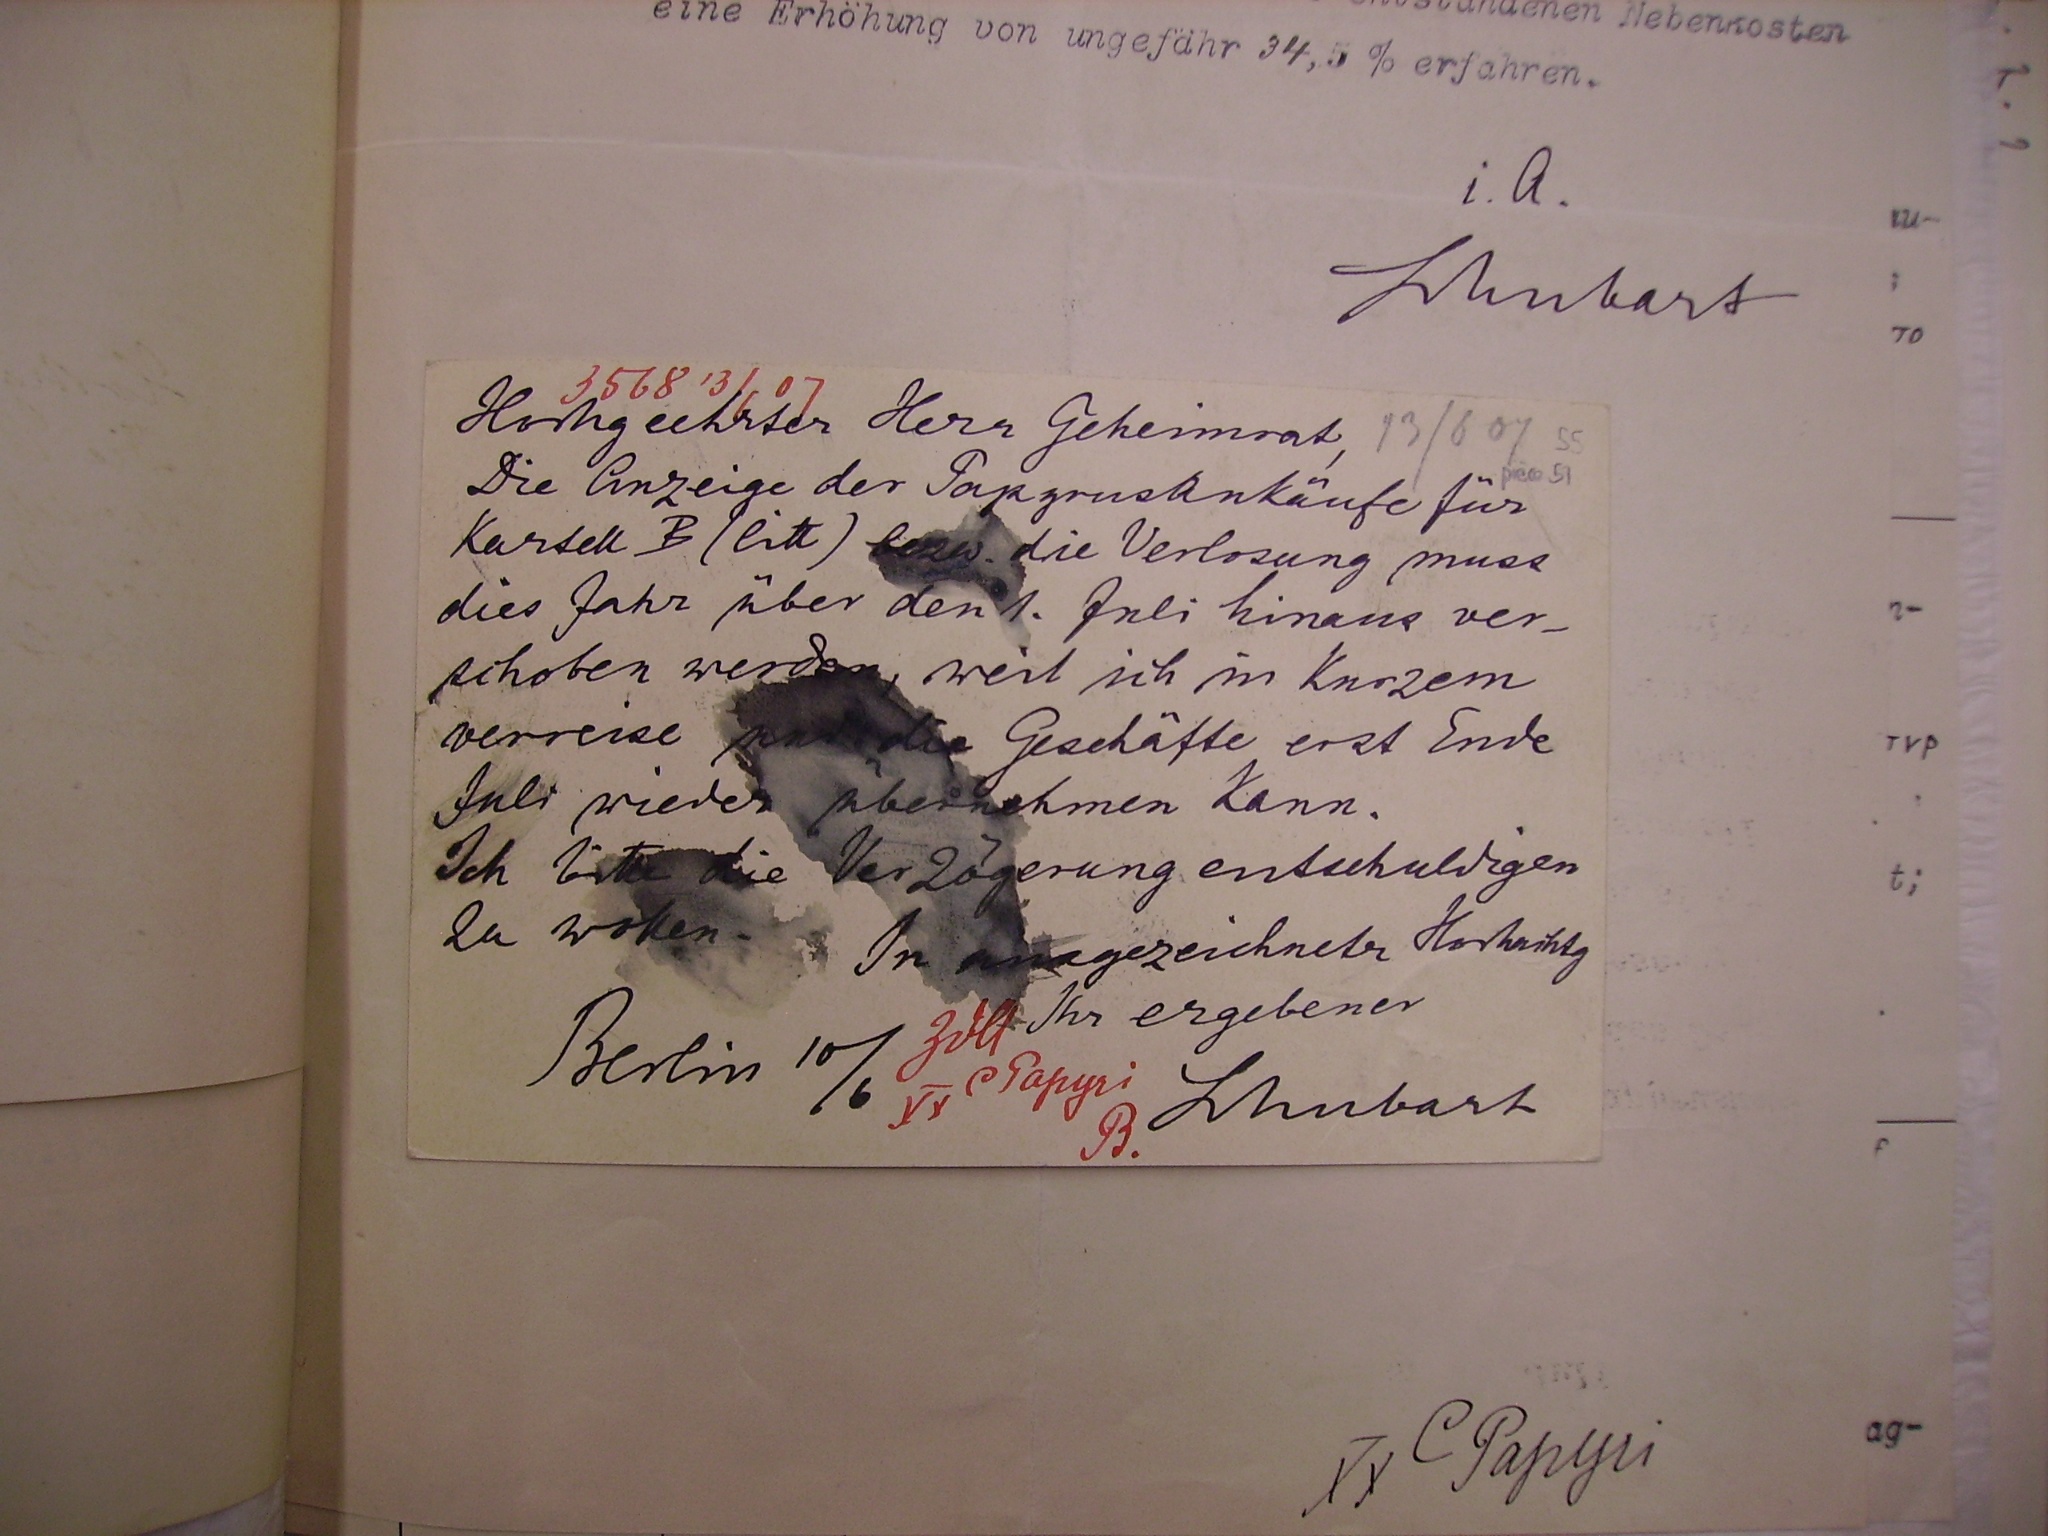
Hochgeehrter Herr Geheimrat,
Die Anzeige der Papyrusankäufe für
Kartell B (litt) bezw. die Verlosung muss
dies Jahr über den 1. Juli hinaus ver¬
schoben werden, weil ich in Kurzem
verreise und die Geschäfte erst Ende
Juli wieder übernehmen kann.
Ich bitte die Verzögerung entschuldigen
zu wollen.
In ausgezeichneter Hochachtg
Ihr ergebener

Berlin 10/6

Schubart